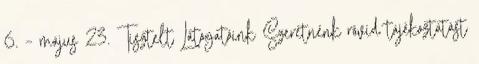
6. – május 23. Tisztelt Látogatóink Szeretnénk rövid tájékoztatást